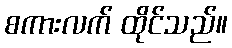
စကားလက် ထိုင်သည်။